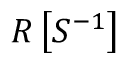
R \left[ S ^ { - 1 } \right]